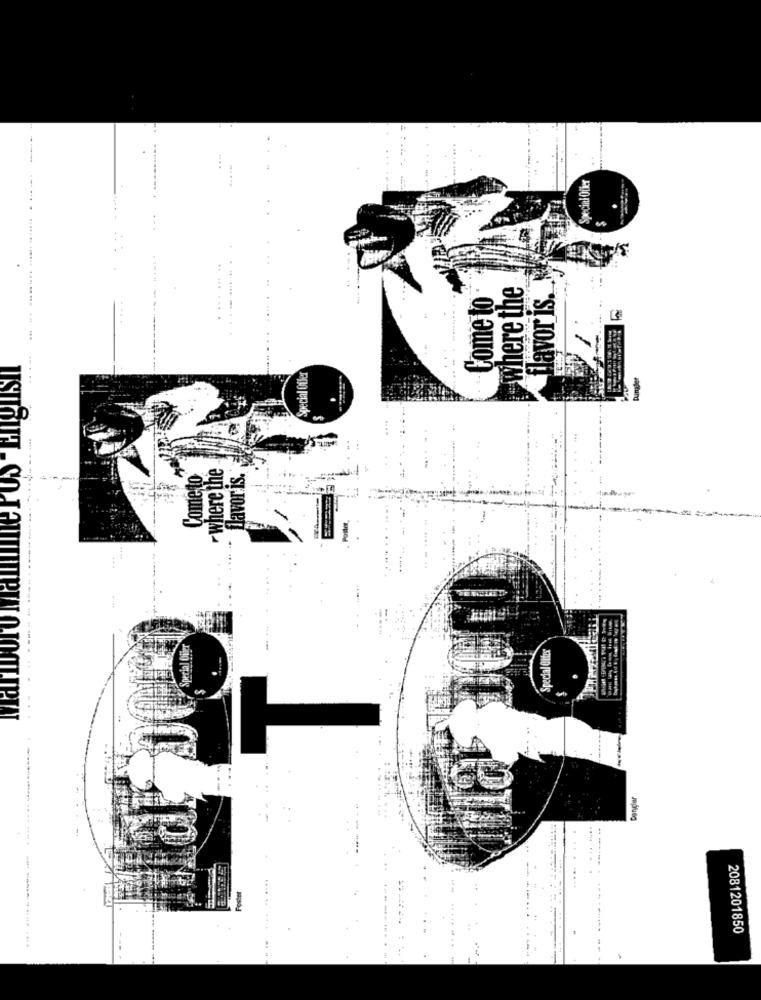
Special Offer
.
where the
Come to
flavor is.
....
Special Offer
where the
flavor is."
Cometo
Special Cites
mario
Special
:
angler
Poster
2081201850